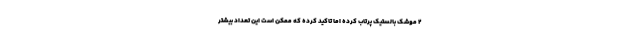
۲ موشک بالستیک پرتاب کرده اما تاکید کرده که ممکن است این تعداد بیشتر